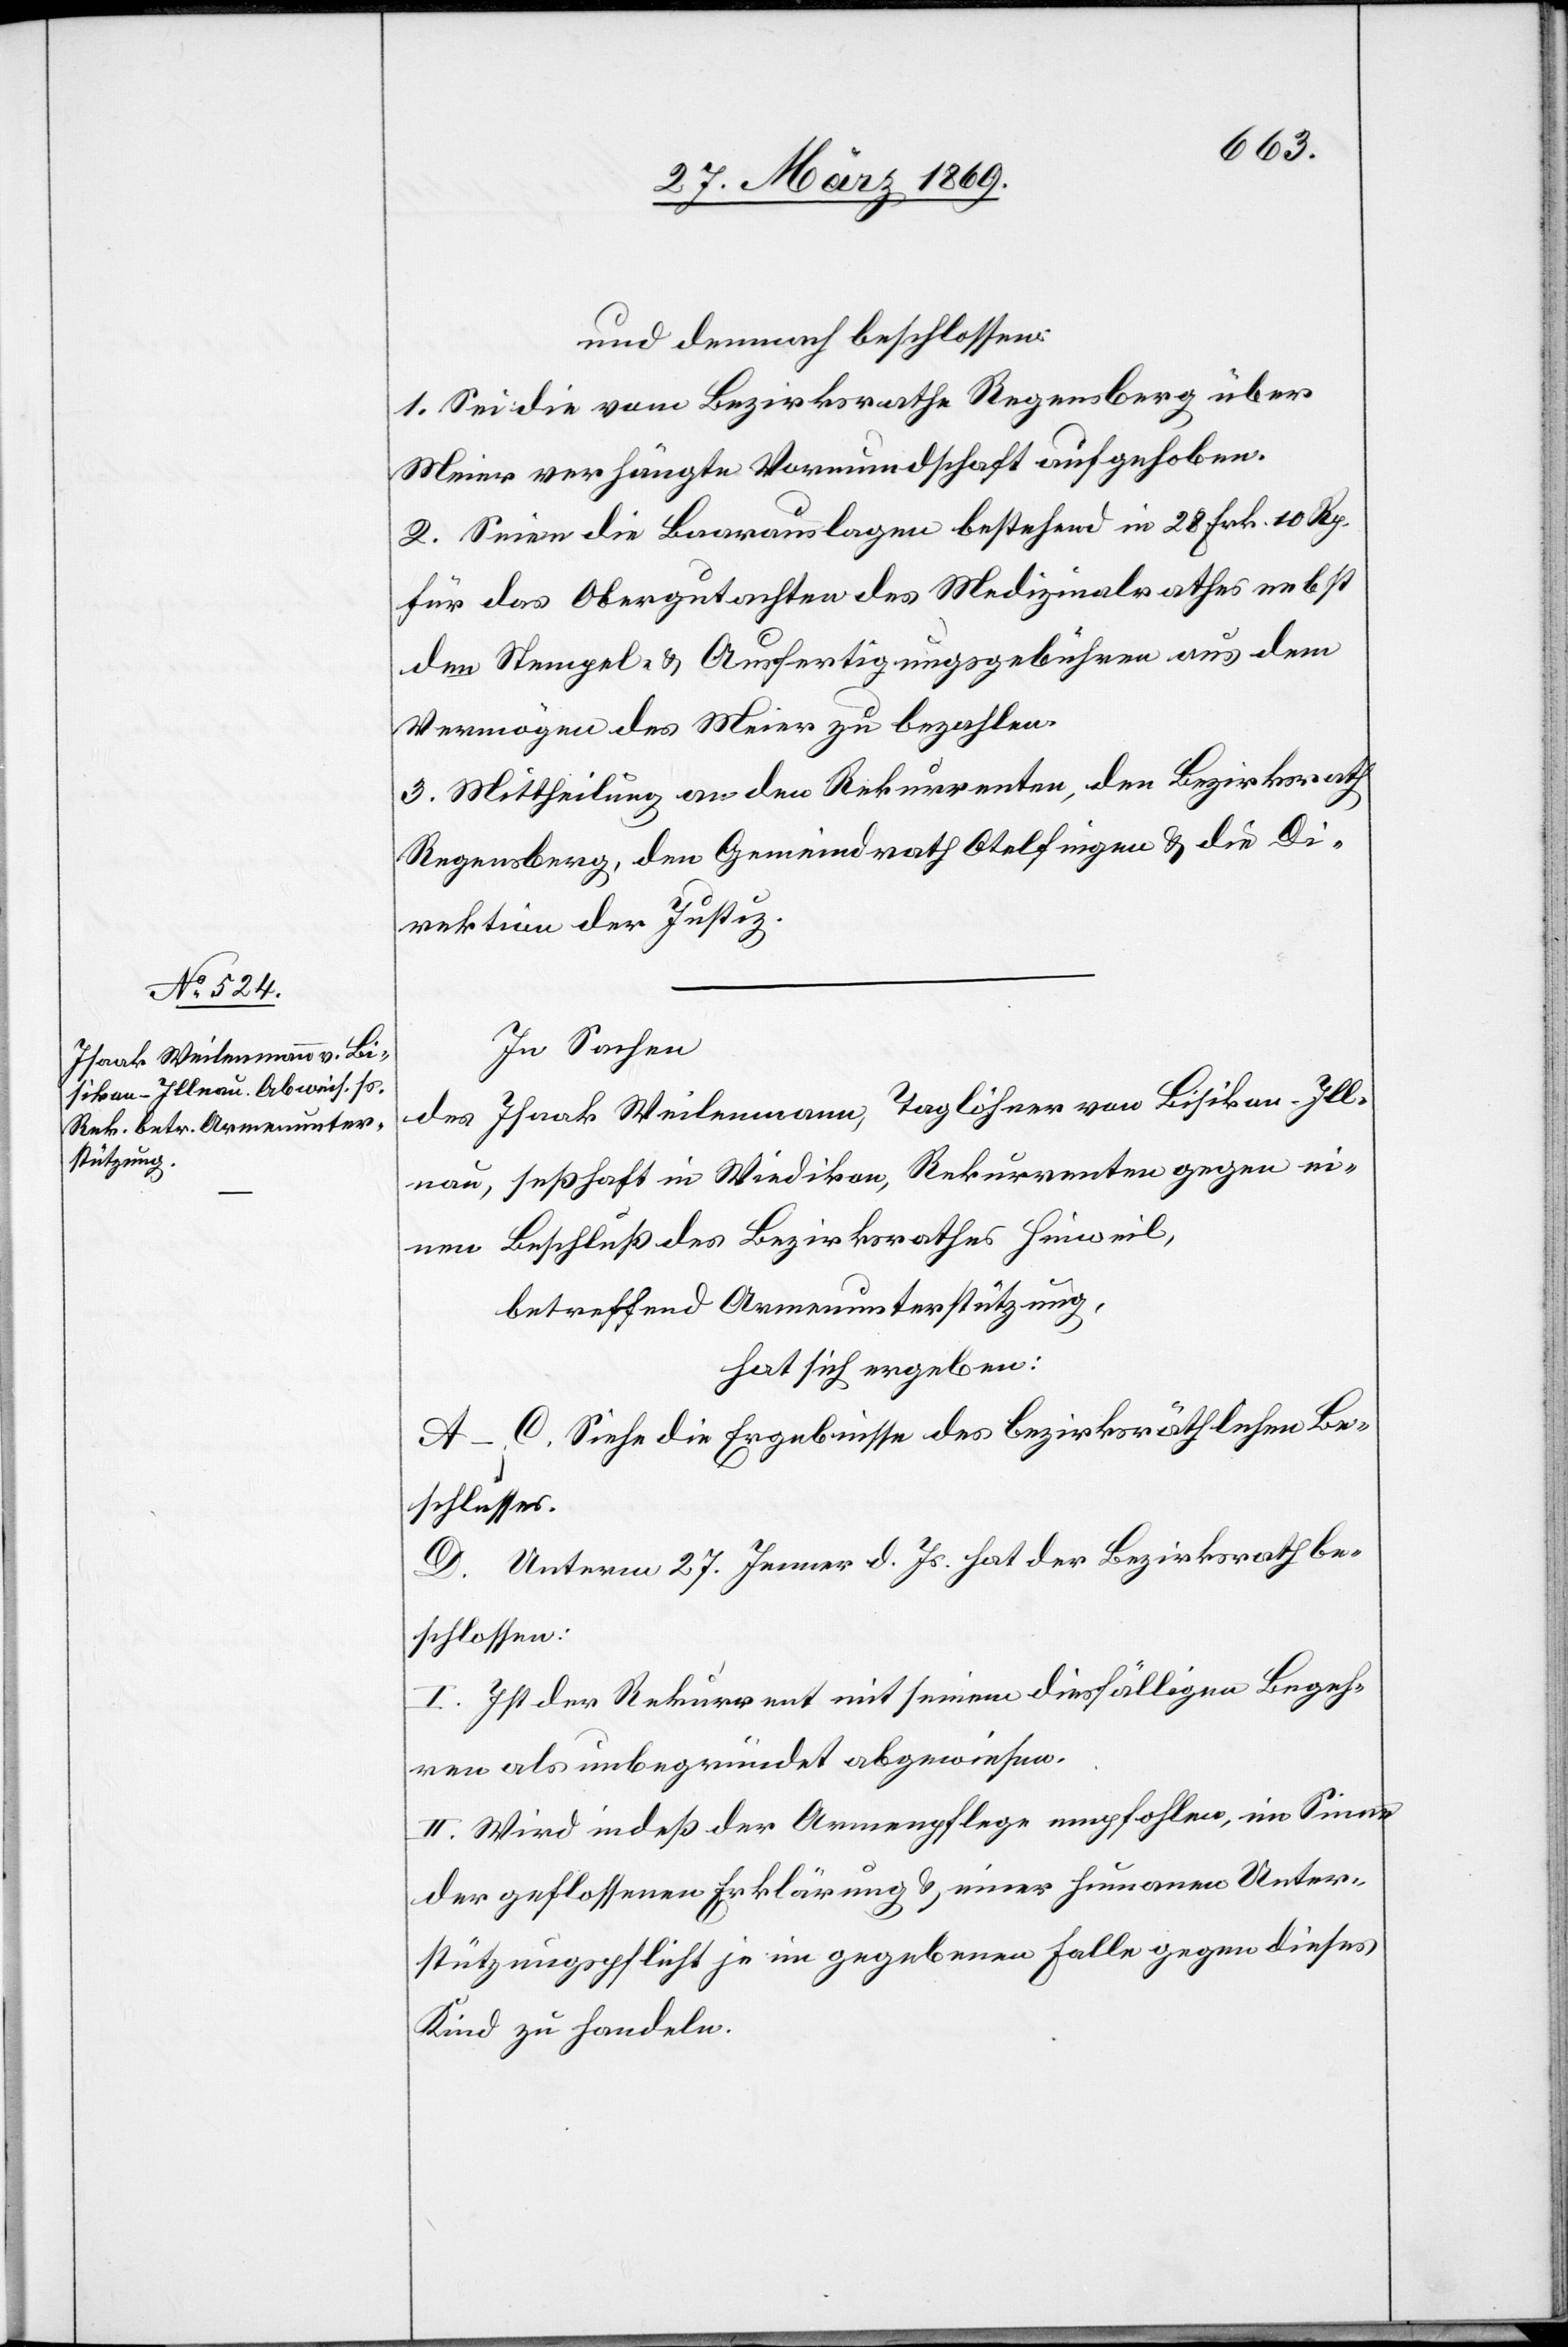
und demnach beschlossen:
1. Sei die vom Bezirksrathe Regensberg über
Meier verhängte Vormundschaft aufgehoben.
2. Seien die Baarauslagen bestehend in 28 Frk. 10 Rp.
für das Obergutachten des Medizinalrathes nebst
dem Stempel- u. Ausfertigungsgebühren aus dem
Vermögen des Meier zu bezahlen.
3. Mittheilung an den Rekurrenten, den Bezirksrath
Regensberg, den Gemeindrath Otelfingen u. die Di¬
rektion der Justiz.
In Sachen
des Isaak Weilenmann, Taglöhner von Bisikon-Ill¬
nau, seßhaft in Wiedikon, Rekurrenten gegen ei¬
nen Beschluß des Bezirksrathes Hinweil,
betreffend Armenunterstützung,
hat sich ergeben:
A–C. siehe die Ergebnisse des bezirksräthlichen Be¬
schlusses.
D. Unterm 27. Jenner d. Js. hat der Bezirksrath be¬
schlossen:
I. Ist der Rekurrent mit seinem diesfälligen Begeh¬
ren als unbegründet abgewiesen.
II. Wird indeß der Armenpflege empfohlen, im Sinne
der geflossenen Erklärung u. einer humanen Unter¬
stützungspflicht je im gegebenen Falle gegen dieses
Kind zu handeln.